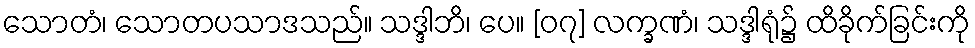
သောတံ၊ သောတပသာဒသည်။ သဒ္ဒါဘိ၊ ပေ။ [၀၇] လက္ခဏံ၊ သဒ္ဒါရုံ၌ ထိခိုက်ခြင်းကို